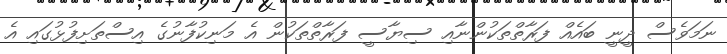
ނަމަވެސް ދީނީ ބައެއް ފަރާތްތަކުންނާއި ސިޔާސީ ފަރާތްތަކުން އެ މަނިކުފާނުގެ އިސްތަށިފުޅުގައި އެ